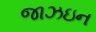
જાઝઇન